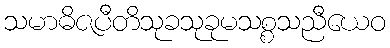
သမာဓိဇပီတိသုခသုခုမသစ္စသညီယေဝ